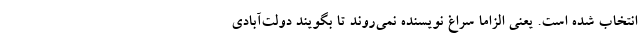
انتخاب شده است. یعنی الزاما سراغ نویسنده نمی‌روند تا بگویند دولت‌آبادی